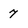
Character: 7